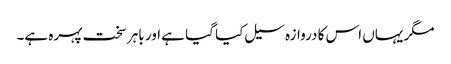
مگر یہاں اس کا دروازہ سیل کیا گیا ہے اور باہر سخت پہرہ ہے۔